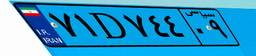
۶۶D۷۶۸۹۲